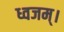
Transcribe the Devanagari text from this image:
ध्वजम्।